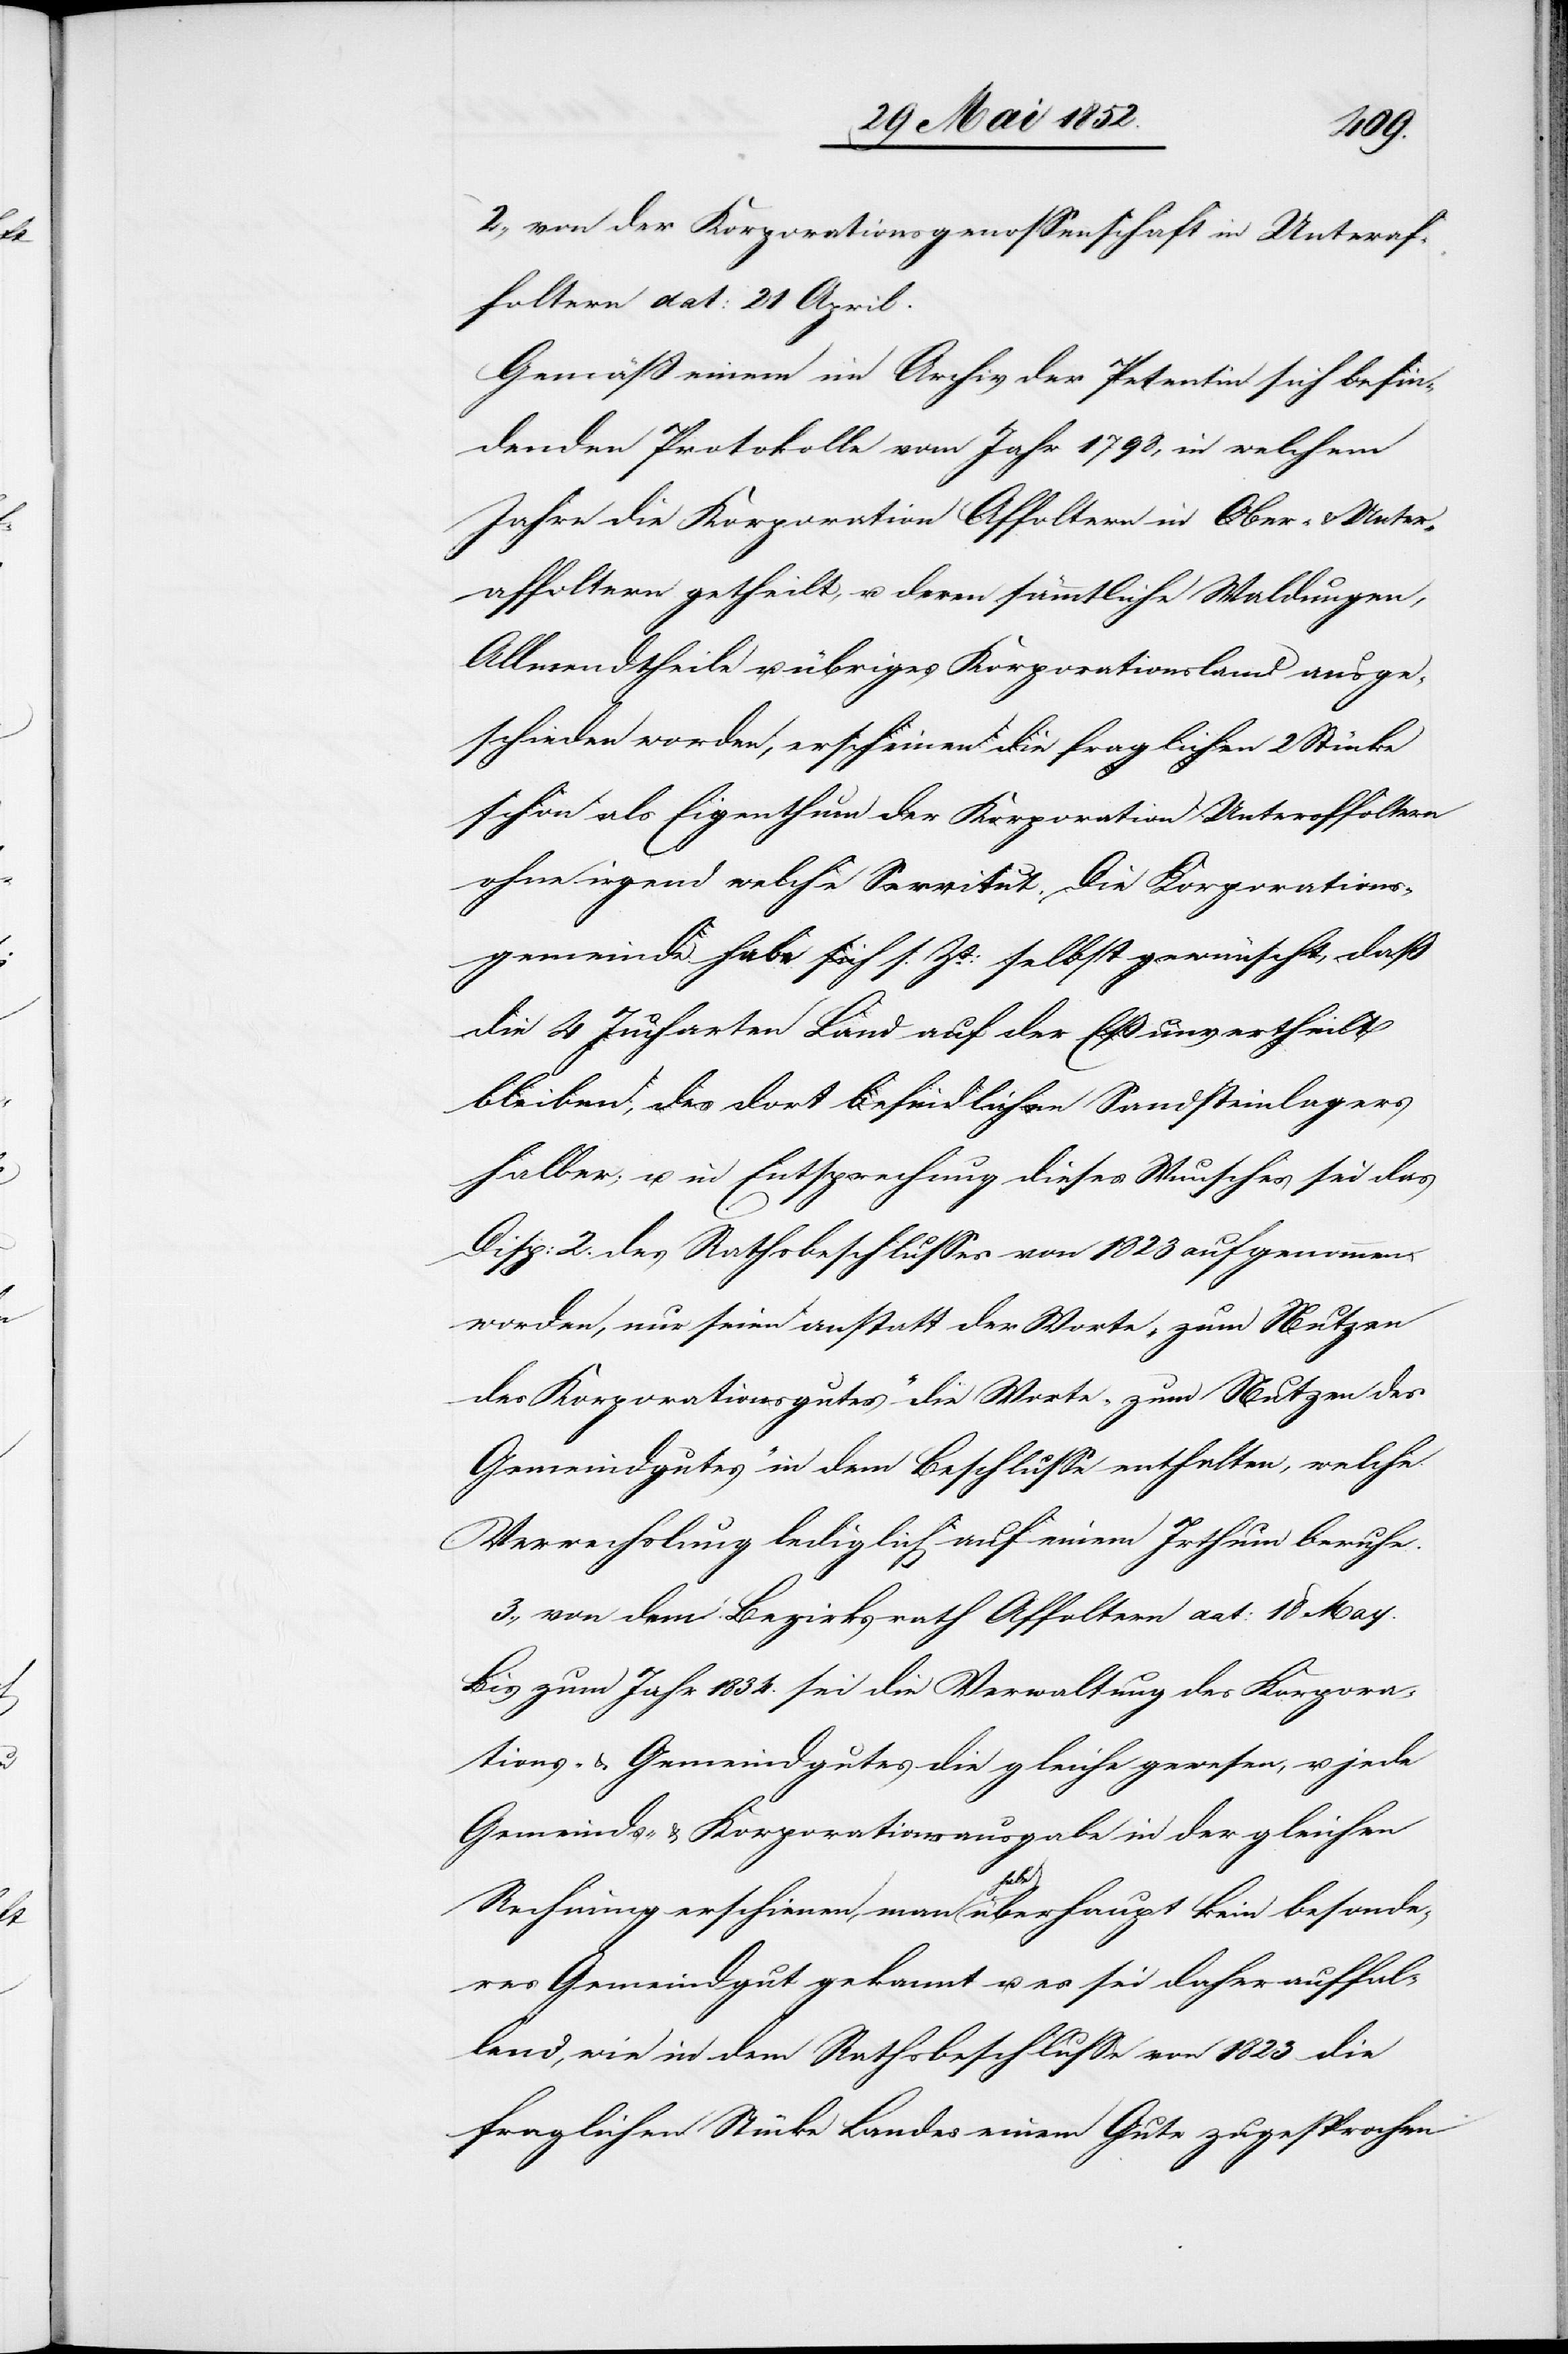
2., von der Korporationsgenossenschaft in Unteraf¬
foltern dat: 21 April.
Gemäß einem im Archiv der Petentin sich befin¬
denden Protokolle vom Jahr 1798, in welchem
Jahre die Korporation Affoltern in Ober- & Unter¬
affoltern getheilt, u. deren sämmtliche Waldungen,
Allmendtheile u. übriges Korporationsland ausge¬
schieden worden, erscheinen die fraglichen 2 Stücke
schon als Eigenthum der Korporation Unteraffoltern
ohne irgend welche Servitut. Die Korporations¬
gemeinde habe sich s. Zt: selbst gewünscht, daß
die 4 Jucharten Land auf der Eß unvertheilt
bleiben, des dort befindlichen Sandsteinlagers
halber; u. in Entsprechung dieses Wunsches sei das
Disp: 2. des Rathsbeschlusses von 1823 aufgenommen
worden, nur seien anstatt der Worte „zum Nutzen
des Korporationsgutes“ die Worte „zum Nutzen des
Gemeindgutes“ in dem Beschlusse enthalten, welche
Verwechslung lediglich auf einem Ir[r]thum beruhe.
3., von dem Bezirksrath Affoltern dat: 18 May.
Bis zum Jahr 1834. sei die Verwaltung des Korpora¬
tions- & Gemeindgutes die gleiche gewesen, u. jede
Gemeinds- & Korporationsausgabe in der gleichen
Rechnung erschienen, man habe überhaupt kein besonde¬
res Gemeindgut gekannt u. es sei daher auffal¬
lend, wie in dem Rathsbeschlusse von 1823 die
fraglichen Stücke Landes einem Gute zugesprochen